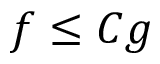
f \leq C g